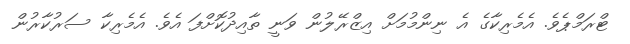
ޓްރަމްޕެވެ. އެމެރިކާގެ އެ ނިންމުމަށް އިޒްރޭލުން ވަނީ ތާއިދުކޮށްފަ އެވެ. އެމެރިކާ ސަރުކާރުން